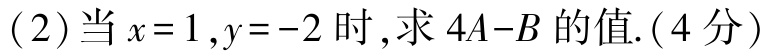
(2)当\(x = 1,y = - 2\)时,求\(4A - B\)的值.(4分)